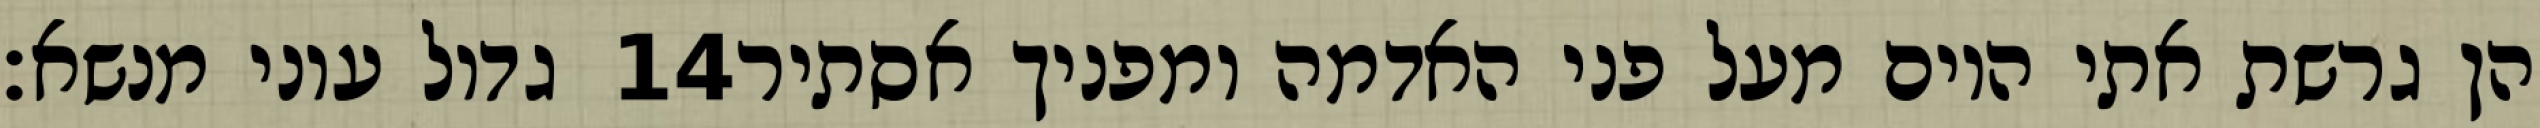
גדול עוני מנשא׃ ‎14‏ הן גרשת אתי היום מעל פני האדמה ומפניך אסתיר